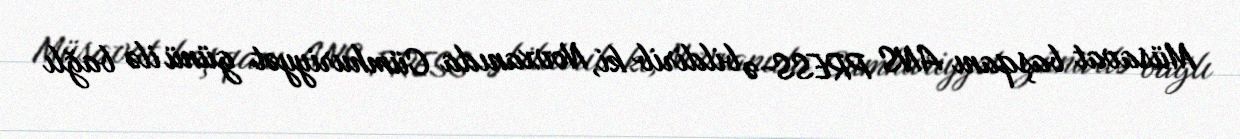
Müsavat başqanı ANS PRESS-ə bildirib ki, Novxanıda Cümhuriyyət günü ilə bağlı